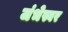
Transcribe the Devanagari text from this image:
जंभेस्वर